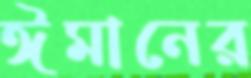
ঈমানের